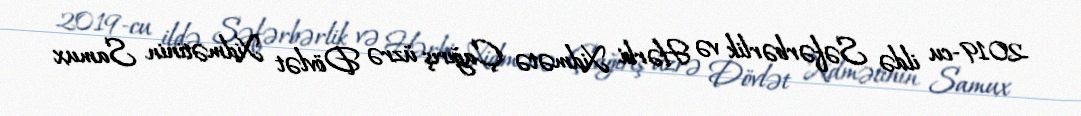
2019-cu ildə Səfərbərlik və Hərbi Xidmətə Çağırış üzrə Dövlət Xidmətinin Samux